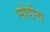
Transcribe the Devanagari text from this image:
मोदीना